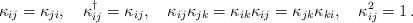
LaTeX: \begin{align*}\kappa_{ij}= \kappa_{ji},\quad \kappa_{ij}^\dagger= \kappa_{ij},\quad \kappa_{ij} \kappa_{jk}= \kappa_{ik} \kappa_{ij}= \kappa_{jk}\kappa_{ki},\quad \kappa_{ij}^2=1\, .\end{align*}